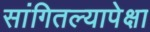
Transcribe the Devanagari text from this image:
सांगितल्यापेक्षा